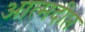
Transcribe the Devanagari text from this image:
आत्मदीप्त